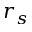
r _ { s }